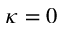
\kappa = 0